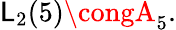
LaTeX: \mathsf{L}_{2}(5)\congA_{5}.